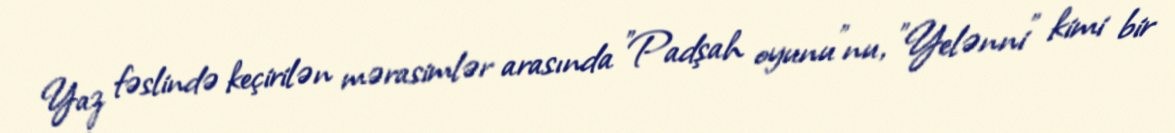
Yaz fəslində keçirilən mərasimlər arasında "Padşah oyunu"nu, "Yelənni" kimi bir